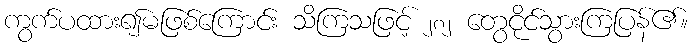
ကွက်ပထား၍မဖြစ်ကြောင်း သိကြသဖြင့် ၂၈၂ တွေငိုင်သွားကြပြန်၏။